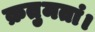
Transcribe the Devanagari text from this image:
क्रतुमतां।